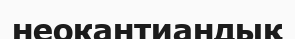
неокантиандық